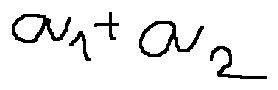
a _ { 1 } + a _ { 2 }